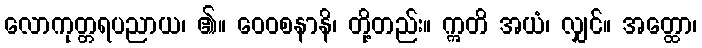
လောကုတ္တရပညာယ၊ ၏။ ဝေဝစနာနိ၊ တို့တည်း။ ဣတိ အယံ၊ လျှင်။ အတ္ထော၊